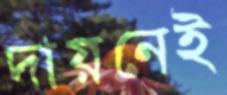
দায়নেই